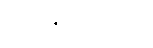
စိတ်နှလုံးတစ်ခု